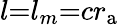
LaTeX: l{=}l_{m}{=}cr_{\mathrm{a}}